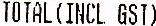
TOTAL(INCL GST)